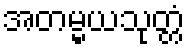
အတမ္မယသုတ္တံ